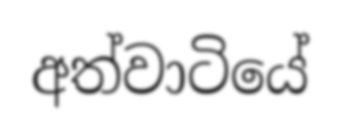
අත්වාටියේ